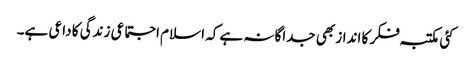
کئی مکتبہ فکر کا انداز بھی جداگانہ ہے کہ اسلام اجتماعی زندگی کا داعی ہے۔